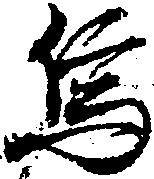
烏